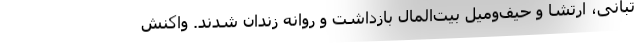
تبانی، ارتشا و حیف‌ومیل بیت‌المال بازداشت و روانه زندان شدند. واکنش